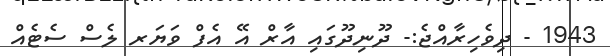
1943 - ދިވެހިރާއްޖެ:- ދޫނިދޫގައި އާރް އޭ އެފް ވަޔަރ ލެސް ސެޓެއް